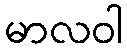
မာလဝါ